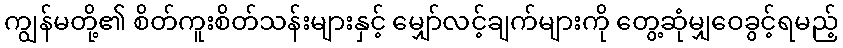
ကျွန်မတို့၏ စိတ်ကူးစိတ်သန်းများနှင့် မျှော်လင့်ချက်များကို တွေ့ဆုံမျှဝေခွင့်ရမည့်